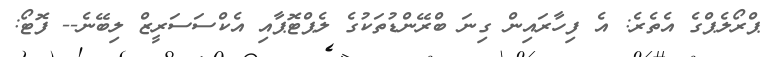
ޕްރޯލެޕްގެ އެތެރެ: އެ ފިހާރައިން ގިނަ ބްރޭންޑުތަކުގެ ލެޕްޓޮޕާއި އެކްސަސަރީޒް ލިބޭނެ-- ފޮޓޯ: